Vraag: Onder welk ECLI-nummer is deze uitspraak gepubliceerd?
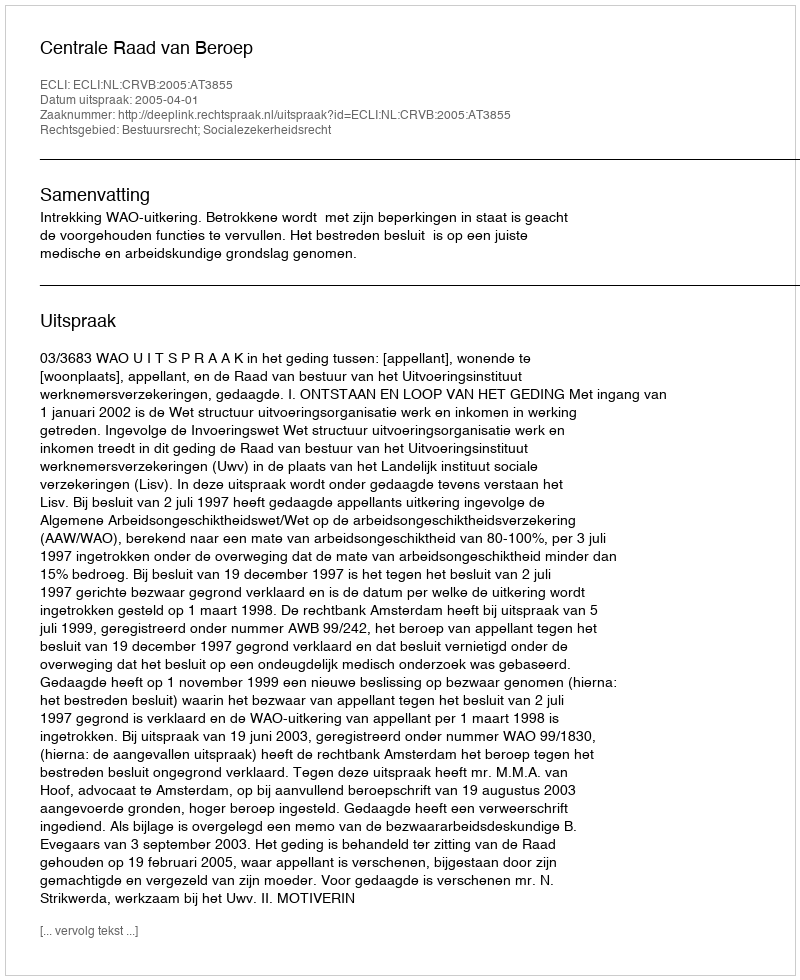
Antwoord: ECLI:NL:CRVB:2005:AT3855